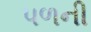
પળની